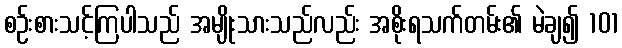
စဉ်းစားသင့်ကြပါသည် အမျိုးသားသည်လည်း အစိုးရသက်တမ်း၏ မဲချ၍ 101